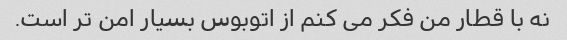
نه با قطار من فکر می کنم از اتوبوس بسیار امن تر است.